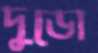
দুডো